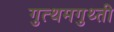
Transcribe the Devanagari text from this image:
गुत्थमगुथ्ती